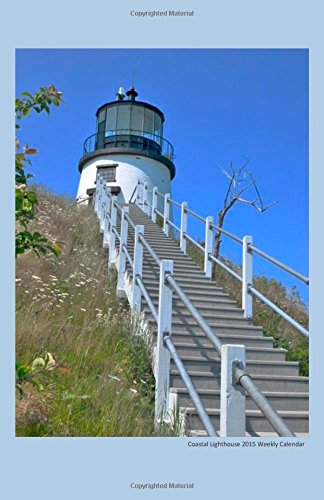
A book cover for Coastal Lighthouse 2015 Weekly Calendar: 2015 week by week calendar with a cover photo of a coastal lighthouse; K Rose; Calendars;